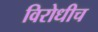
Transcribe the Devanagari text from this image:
विरोधीच